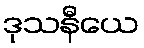
ဒုသနီယေ